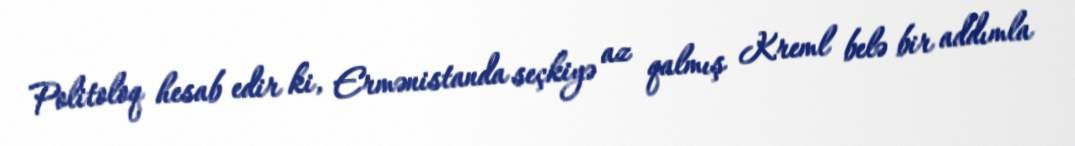
Politoloq hesab edir ki, Ermənistanda seçkiyə az qalmış Kreml belə bir addımla